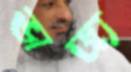
ভাজ্য